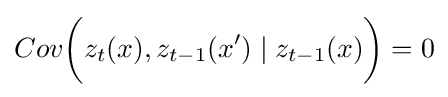
Cov{\bigg (}z_{t}(x),z_{t-1}(x')\mid z_{t-1}(x){\bigg )}=0